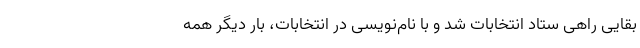
بقایی راهی ستاد انتخابات شد و با نام‌نویسی در انتخابات، بار دیگر همه